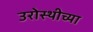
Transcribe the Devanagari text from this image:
उरोस्थीच्या